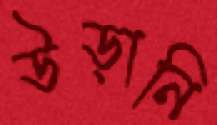
উড়ানি